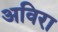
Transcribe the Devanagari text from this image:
अविरा